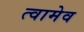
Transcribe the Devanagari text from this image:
त्वामेव